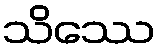
သိဿေ